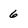
Character: 6